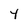
Character: 4